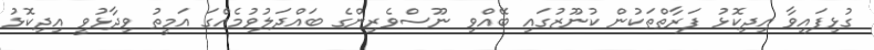
ގުޅިފައިވާ އިދިކޮޅު ފަރާތްތަކުން ކުނޫޒުގައި ބޭއްވި ނޫސްވެރިންގެ ބައްދަލުވުމެއްގަ އަމީތު ވިދާޅުވީ އިދިކޮޅު